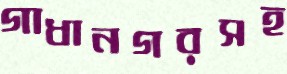
গাধানগরসহ